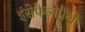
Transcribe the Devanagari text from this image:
इंसेफैलोपैथी